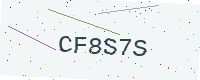
Text: CF8S7S